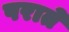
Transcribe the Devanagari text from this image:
पराते